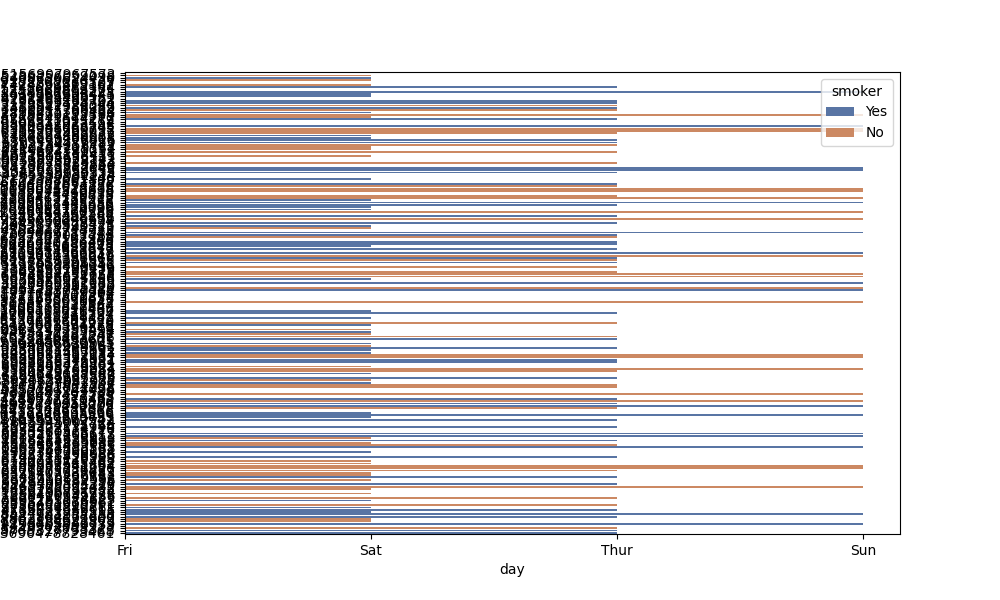
python, seaborn, barplot, hue='smoker', palette='deep', ci=95, orient='h'